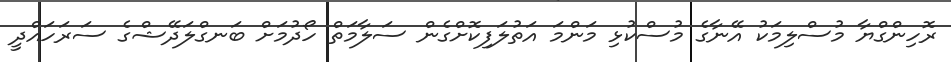
ރޮހިންގްޔާ މުސްލިމަކު އޭނާގެ މުސްކުޅި މަންމަ އަތުލަފިކޮށްގެން ސަލާމަތް ހޯދުމަށް ބަނގްލަދޭޝްގެ ސަރަހައްދީ